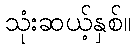
သုံးဆယ့်နှစ်။